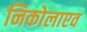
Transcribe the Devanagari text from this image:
निकोलाएव